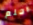
احلم